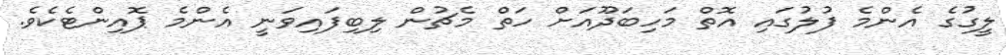
ލީގުގެ އެންމެ ފުލުގައި އޮތް މަހިބަދޫއަށް ހަތް މެޗުން ލިބިފައިވަނީ އެންމެ ޕޮއިންޓެކެވެ.